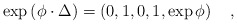
\begin{align*}\exp \left( \phi \cdot \Delta \right) =\left( 0,1,0,1,\exp\phi \right) \quad ,\end{align*}